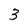
Character: 3